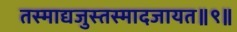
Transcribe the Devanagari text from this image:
तस्माद्यजुस्तस्मादजायत॥९॥